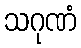
သဂုဏံ